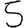
Digit: 5